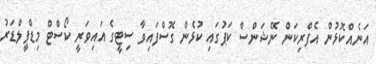
އަނެއްކޮޅުން އެފްރިކަން ނޭޝަންސް ކަޕުގައި ކުޅެން ގޮސްފައިވާ ސިޓީގެ އަައިވަރީ ކޯސްޓް މިޑްފީލްޑަރު